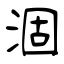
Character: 涸